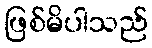
ဖြစ်မိပါသည်